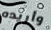
وأريده